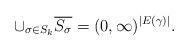
LaTeX: \begin{align*} \cup_{\sigma \in S_k} \overline{S_\sigma} = (0, \infty)^{|E(\gamma)|}.\end{align*}